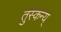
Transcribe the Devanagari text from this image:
तुस्कन्य्